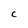
Character: C